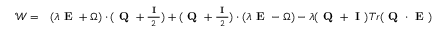
\begin{array} { r l } { \boldsymbol { \mathcal { W } } = } & { ( \lambda \textbf { E } + \boldsymbol { \Omega } ) \cdot ( \textbf { Q } + \frac { \textbf { I } } { 2 } ) + ( \textbf { Q } + \frac { \textbf { I } } { 2 } ) \cdot ( \lambda \textbf { E } - \boldsymbol { \Omega } ) - \lambda ( \textbf { Q } + \textbf { I } ) T r ( \textbf { Q } \cdot \textbf { E } ) } \end{array}